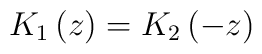
K_{1}\left( z\right) =K_{2}\left( -z\right)